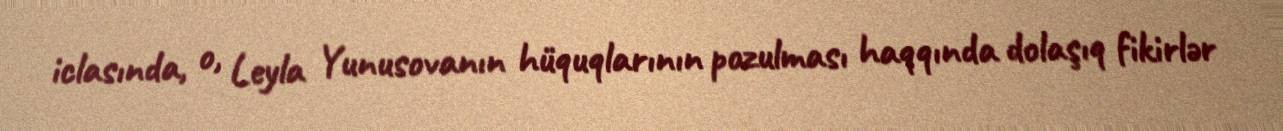
iclasında, o, Leyla Yunusovanın hüquqlarının pozulması haqqında dolaşıq fikirlər